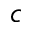
c